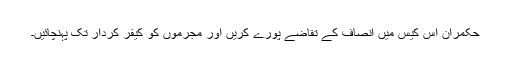
حکمران اس کیس میں انصاف کے تقاضے پورے کریں اور مجرموں کو کیفر کردار تک پہنچائیں۔